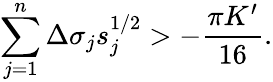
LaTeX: \sum_{j=1}^{n}\Delta\sigma_{j}s_{j}^{1/2}>-\frac{\pi K^{\prime}}{16}.